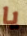
يا